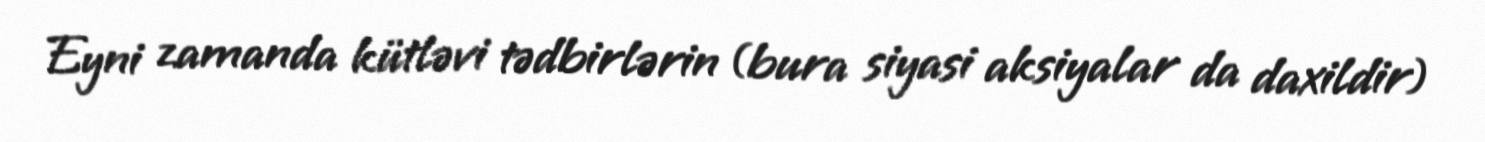
Eyni zamanda kütləvi tədbirlərin (bura siyasi aksiyalar da daxildir)